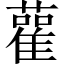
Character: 雚